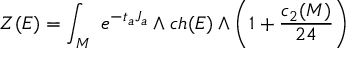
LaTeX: Z ( E ) = \int _ { M } \ e ^ { - t _ { a } J _ { a } } \wedge c h ( E ) \wedge \left( 1 + { \frac { c _ { 2 } ( M ) } { 2 4 } } \right)